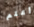
أعلم